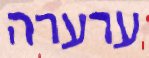
ערערה